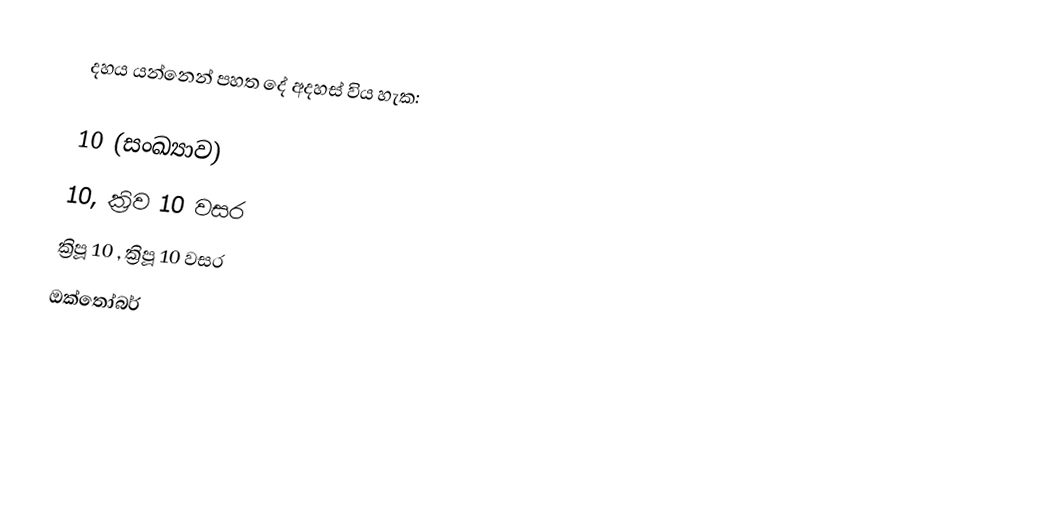
දහය යන්නෙන් පහත දේ අදහස් විය හැක:

 10 (සංඛ්‍යාව)
 10, ක්‍රිව 10 වසර
 ක්‍රිපූ 10 , ක්‍රිපූ 10 වසර
 ඔක්තෝබර්